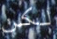
لكن